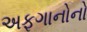
અફગાનોનો